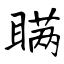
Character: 瞒